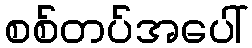
စစ်တပ်အပေါ်